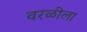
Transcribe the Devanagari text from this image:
वरळीला